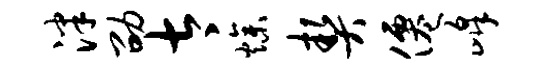
泮劭太燥契仙峰